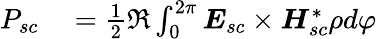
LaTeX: \begin{array}{rl}{P_{sc}}&{{}=\frac{1}{2}\Re\int_{0}^{2\pi}\boldsymbol{E}_{sc}\times\boldsymbol{H}_{sc}^{*}\rho d\varphi}\end{array}